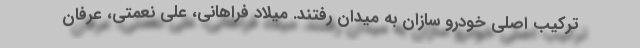
ترکیب اصلی خودرو سازان به میدان رفتند. میلاد فراهانی، علی نعمتی، عرفان